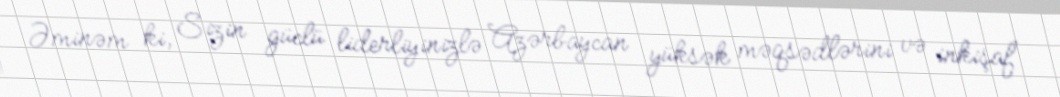
Əminəm ki, Sizin güclü liderliyinizlə Azərbaycan yüksək məqsədlərini və inkişaf